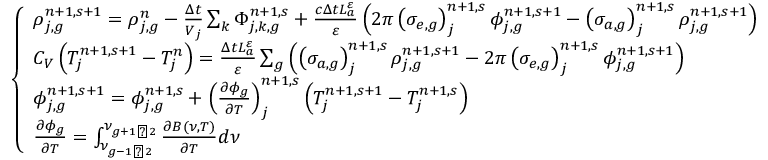
\left\{ \begin{array} { l } { { \rho _ { j , g } ^ { n + 1 , s + 1 } = \rho _ { j , g } ^ { n } - \frac { \Delta t } { V _ { j } } \sum _ { k } \Phi _ { j , k , g } ^ { n + 1 , s } + \frac { c \Delta t L _ { a } ^ { \varepsilon } } { \varepsilon } \left( 2 \pi \left( \sigma _ { e , g } \right) _ { j } ^ { n + 1 , s } \phi _ { j , g } ^ { n + 1 , s + 1 } - \left( \sigma _ { a , g } \right) _ { j } ^ { n + 1 , s } \rho _ { j , g } ^ { n + 1 , s + 1 } \right) } } \\ { { C _ { V } \left( T _ { j } ^ { n + 1 , s + 1 } - T _ { j } ^ { n } \right) = \frac { \Delta t L _ { a } ^ { \varepsilon } } { \varepsilon } \sum _ { g } \left( \left( \sigma _ { a , g } \right) _ { j } ^ { n + 1 , s } \rho _ { j , g } ^ { n + 1 , s + 1 } - 2 \pi \left( \sigma _ { e , g } \right) _ { j } ^ { n + 1 , s } \phi _ { j , g } ^ { n + 1 , s + 1 } \right) } } \\ { { \phi _ { j , g } ^ { n + 1 , s + 1 } = \phi _ { j , g } ^ { n + 1 , s } + \left( \frac { \partial \phi _ { g } } { \partial T } \right) _ { j } ^ { n + 1 , s } \left( T _ { j } ^ { n + 1 , s + 1 } - T _ { j } ^ { n + 1 , s } \right) } } \\ { { \frac { \partial \phi _ { g } } { \partial T } = \int _ { \nu _ { g - { 1 \mathord { \left/ { \vphantom { 1 2 } } \right. \kern - \nulldelimiterspace } 2 } } } ^ { \nu _ { g + { 1 \mathord { \left/ { \vphantom { 1 2 } } \right. \kern - \nulldelimiterspace } 2 } } } \frac { \partial B \left( \nu , T \right) } { \partial T } d \nu } } \end{array} \right.